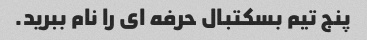
پنج تیم بسکتبال حرفه ای را نام ببرید.